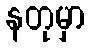
နတုမှာ